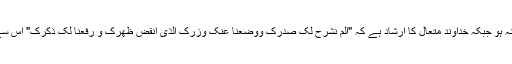
انہوں نے کہا کہ بدعت وہاں ہوتی ہے جہاں قرآن و سنت میں اس پر دلیل نہ ہو جبکہ خداوند متعال کا ارشاد ہے کہ "الم نشرح لک صدرک ووضعنا عنک وزرک الذی انقض ظھرک و رفعنا لک ذکرک" اس سے معلوم ہوتا ہے کہ خدا جس چیز کو بزرگ قرار دے وہ محبوب خدا ہے۔